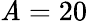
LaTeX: \mathit{A}=20